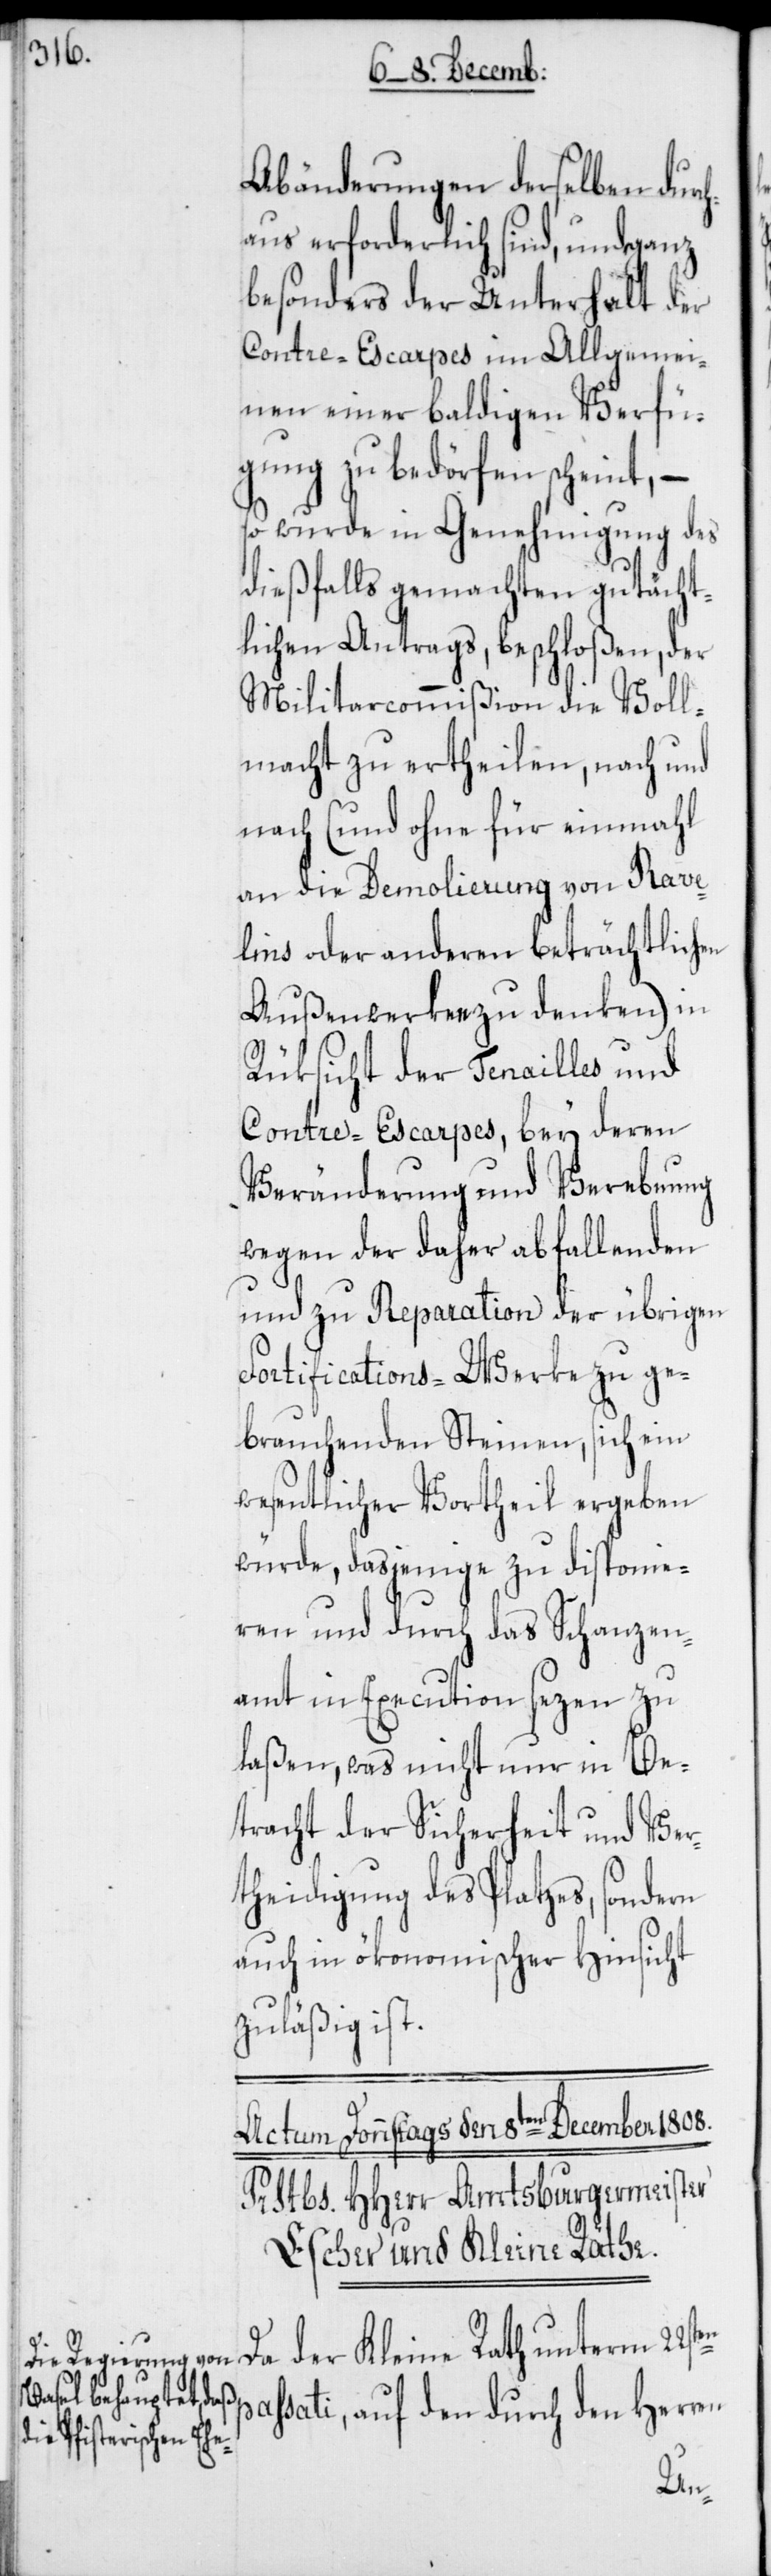
Abänderungen derselben durc¬
haus erforderlich sind, und ganz
besonders der Unterhalt der
Contre-Escarpes im Allgemei¬
nen einer baldigen Verfü¬
gung zu bedörfen scheint, –
so wurde in Genehmigung des
dießfalls gemachten gutächt¬
lichen Antrags, beschloßen, der
Militarcommißion die Voll¬
macht zu ertheilen, nach und
nach (und ohne für einmahl
an die Demolierung von Rave¬
lins oder anderen beträchtlichen
Außenwerken zu denken) in
Rüksicht der Tenailles und
Contre-Escarpes, bey deren
Veränderung und Verebnung
wegen der daher abfallenden
und zu Reparation der übrigen
Fortifications-Werke zu ge¬
brauchenden Steinen, sich ein
wesentlicher Vortheil ergeben
würde, dasjenige zu disponie¬
ren und durch das Schanzen¬
amt in Execution sezen zu
laßen, was nicht nur in Be¬
tracht der Sicherheit und Ver¬
theidigung des Platzes, sondern
auch in ökonomischer Hinsicht
zuläßig ist.
Da der Kleine Rath
assati, auf den durch den Herren
p¬